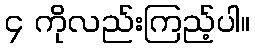
၄ ကိုလည်းကြည့်ပါ။